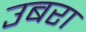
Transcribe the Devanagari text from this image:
उबरा